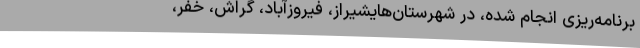
برنامه‌ریزی انجام شده، در شهرستان‌هایشیراز، فیروزآباد، گراش، خفر،